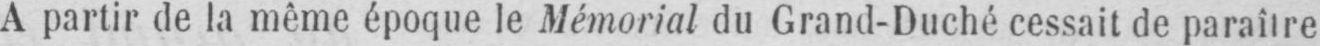
A partir de la même époque le Mémorial du Grand-Duché cessait de paraître